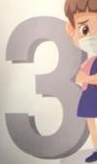
3